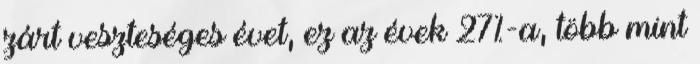
zárt veszteséges évet, ez az évek 27%-a, több mint